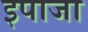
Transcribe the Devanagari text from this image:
इपाजा